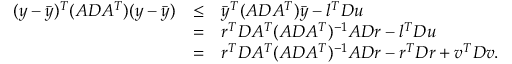
\begin{array} { r c l } { ( y - \bar { y } ) ^ { T } ( A D A ^ { T } ) ( y - \bar { y } ) } & { \leq } & { \bar { y } ^ { T } ( A D A ^ { T } ) \bar { y } - l ^ { T } D u } \\ & { = } & { r ^ { T } D A ^ { T } ( A D A ^ { T } ) ^ { - 1 } A D r - l ^ { T } D u } \\ & { = } & { r ^ { T } D A ^ { T } ( A D A ^ { T } ) ^ { - 1 } A D r - r ^ { T } D r + v ^ { T } D v . } \end{array}